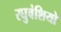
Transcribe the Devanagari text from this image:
रघुवंशियो